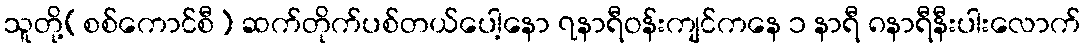
သူတို့(စစ်ကောင်စီ) ဆက်တိုက်ပစ်တယ်ပေါ့နော ၇နာရီဝန်းကျင်ကနေ ၁ နာရီ ၈နာရီနီးပါးလောက်